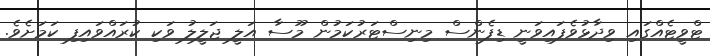
ޓްވީޓެއްގައި ވިދާޅުވެފައިވަނީ ޑިފެންސް މިނިސްޓަރުކަމުން މޫސާ އަލީ ޖަލީލު ވަކި ކުރައްވައިފި ކަމަށެވެ.